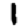
Digit: 1